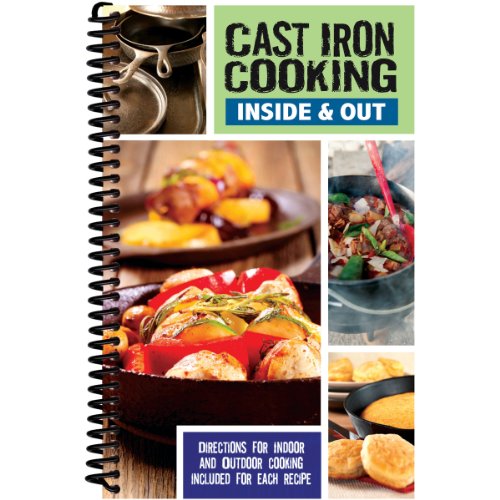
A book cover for Cast Iron Cooking Inside & Out; CQ Products; Cookbooks, Food & Wine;